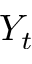
Y _ { t }